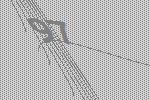
97